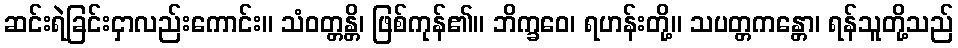
ဆင်းရဲခြင်းငှာလည်းကောင်း။ သံဝတ္တန္တိ၊ ဖြစ်ကုန်၏။ ဘိက္ခဝေ၊ ရဟန်းတို့။ သပတ္တကန္တော၊ ရန်သူတို့သည်